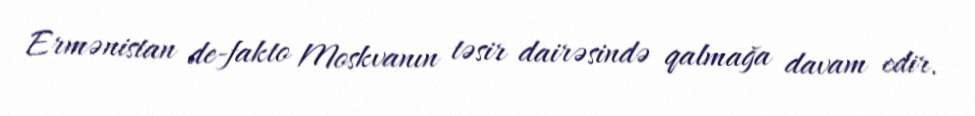
Ermənistan de-fakto Moskvanın təsir dairəsində qalmağa davam edir.